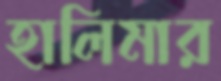
হালিমার